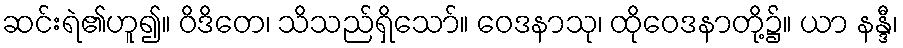
ဆင်းရဲ၏ဟူ၍။ ဝိဒိတေ၊ သိသည်ရှိသော်။ ဝေဒနာသု၊ ထိုဝေဒနာတို့၌။ ယာ နန္ဒီ၊